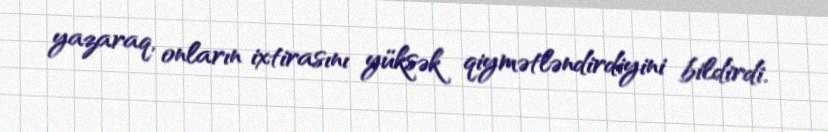
yazaraq, onların ixtirasını yüksək qiymətləndirdiyini bildirdi.